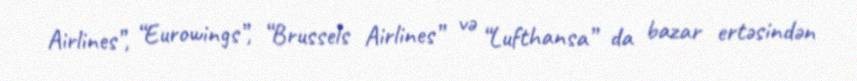
Airlines”, “Eurowings”, “Brussels Airlines” və “Lufthansa” da bazar ertəsindən